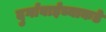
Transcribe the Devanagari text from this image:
दुर्गाबाईंच्याकडे